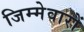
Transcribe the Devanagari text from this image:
जिम्मेवारों